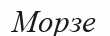
Морзе